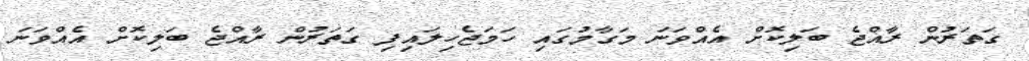
ގަތަރުން ރާއްޖެ ބަލިކޮށް އެއްވަނަ މަގާމުގައި ހަމަޖެހިލައިފި ގަތަރުން ރާއްޖެ ބަލިކޮށް އެއްވަނަ